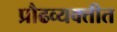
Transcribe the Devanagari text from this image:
प्रौढव्यक्तीत